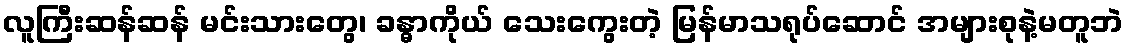
လူကြီးဆန်ဆန် မင်းသားတွေ၊ ခန္ဓာကိုယ် သေးကွေးတဲ့ မြန်မာသရုပ်ဆောင် အများစုနဲ့မတူဘဲ